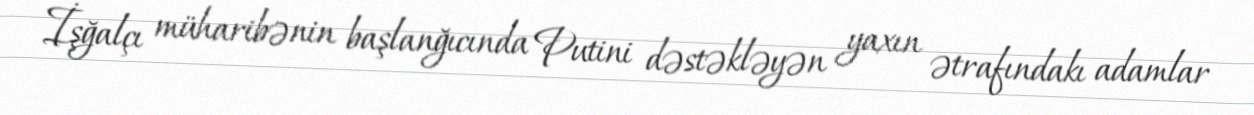
İşğalçı müharibənin başlanğıcında Putini dəstəkləyən yaxın ətrafındakı adamlar